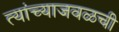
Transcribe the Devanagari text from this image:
त्यांच्याजवळची